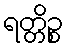
ရတ္တိဉ္စ